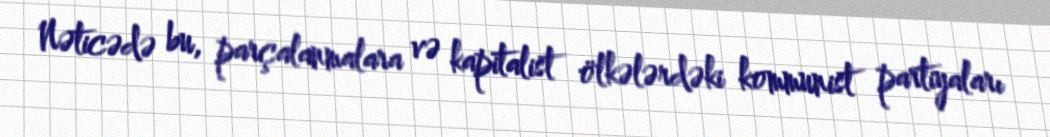
Nəticədə bu, parçalanmalara və kapitalist ölkələrdəki kommunist partiyaları